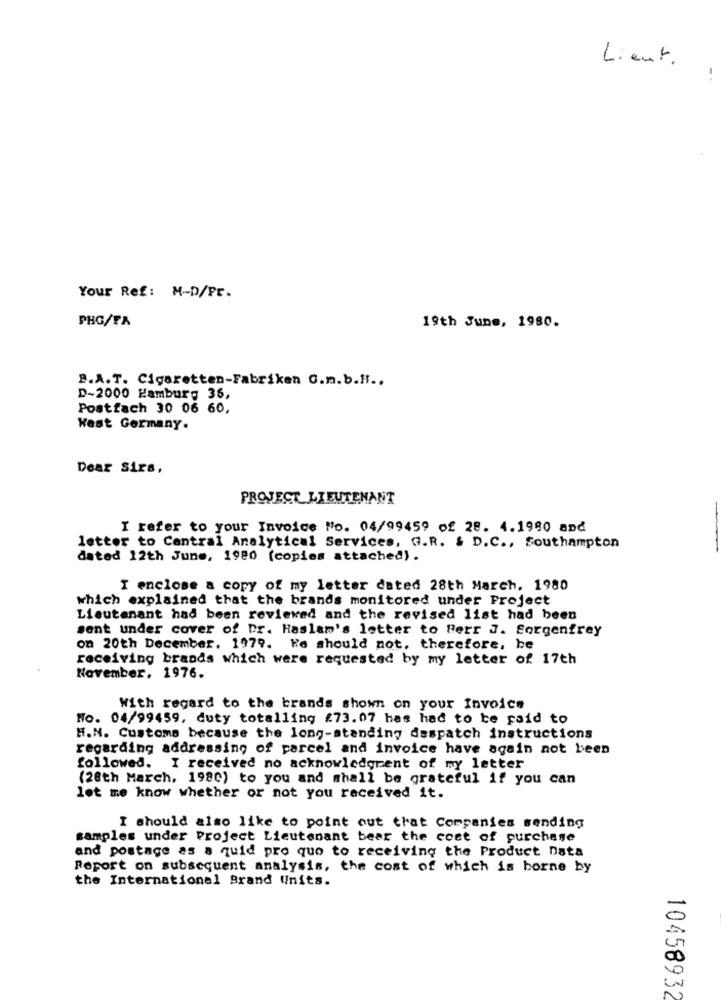
Lient.
Your Ref: M-D/Pr.
PHG/PA
19th June, 1980.
B.A.T. Cigaretten-Fabriken G.m.b.H ..
D-2000 Hamburg 36,
Postfach 30 06 60,
West Germany.
Dear Sirs.
PROJECT LIEUTENANT
I refer to your Invoice No. 04/99459 of 28. 4.1980 and
letter to Central Analytical Services, G.R. & D.C ., Southampton
dated 12th June, 1980 (copies attached).
I enclose a copy of my letter dated 28th March. 1980
which explained that the brands monitored under Project
Lieutenant had been reviewed and the revised list had been
sent under cover of Dr. Haslam's letter to Berr J. Sorgenfrey
on 20th December. 1979. He should not, therefore, be
receiving brands which were requested by my letter of 17th
November. 1976.
With regard to the brands shown on your Invoice
No. 04/99459, duty totalling £73.07 has had to be paid to
H.N. Customs because the long-standing despatch instructions
regarding addressing of parcel and invoice have again not been
followed. I received no acknowledgrent of my letter
(28th March, 1980) to you and shall be grateful if you can
lot me know whether or not you received it.
I should also like to point out that Companies sending
samples under Project Lieutenant bear the cost of purchase
and postage as a quid pro quo to receiving the Product Data
Report on subsequent analysis, the cost of which is borne by
the International Brand Units.
10458932